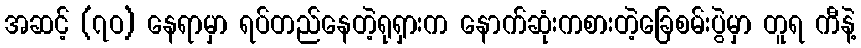
အဆင့် (၇ဝ) နေရာမှာ ရပ်တည်နေတဲ့ရုရှားက နောက်ဆုံးကစားတဲ့ခြေစမ်းပွဲမှာ တူရ ကီနဲ့